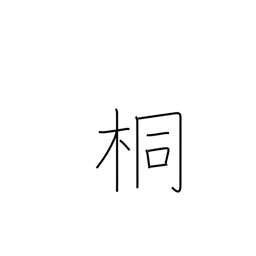
Meaning: paulownia